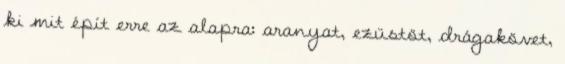
ki mit épít erre az alapra: aranyat, ezüstöt, drágakövet,